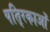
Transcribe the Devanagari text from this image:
पति्रकाओं